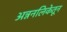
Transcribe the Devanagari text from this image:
अन्ननलिकेतून